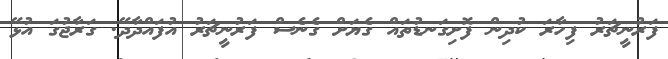
ފަރުނީޗަރު ފިހާރަ ކުދިން ފޮށިގަނޑުތައް ގެޔަށް ގެނެސް ފަރުނީޗަރު އުފައްދާދޭ. ގަރާޖުގަ އުޅޭ